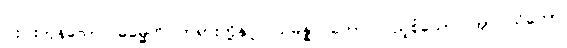
ငါးပါးကုန်သော။ ဓမ္မေဟိ၊ တရားတို့နှင့်။ သမန္နာဂတော၊ ပြည့်စုံသော။ အာဝါသိကော၊